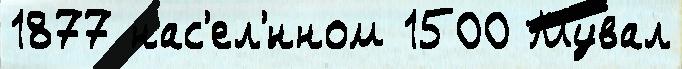
1877 нас'ел'́нном 1500 Мувал